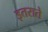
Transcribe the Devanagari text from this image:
इतराते